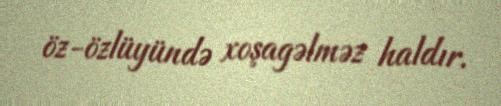
öz-özlüyündə xoşagəlməz haldır.